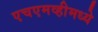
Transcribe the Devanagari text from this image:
एचएमव्हीमध्ये